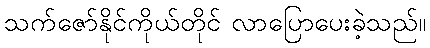
သက်ဇော်နိုင်ကိုယ်တိုင် လာပြောပေးခဲ့သည်။